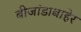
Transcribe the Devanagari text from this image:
बीजांडाबाहेर